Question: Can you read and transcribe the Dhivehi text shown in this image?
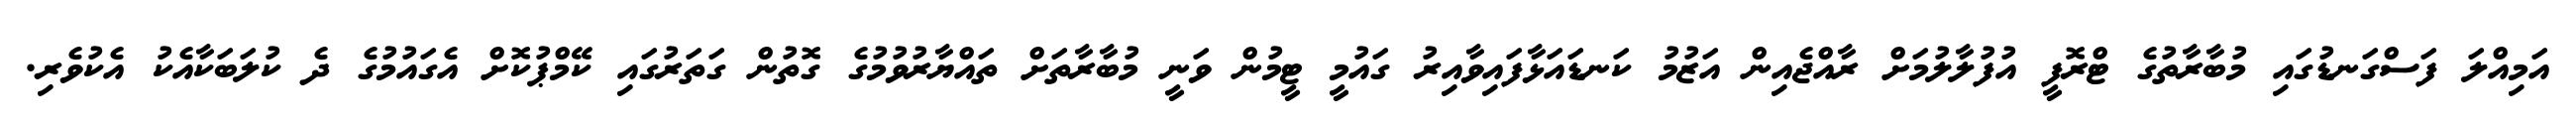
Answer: އަމިއްލަ ފަސްގަނޑުގައި މުބާރާތުގެ ޓްރޮފީ އުފުލާލުމަށް ރާއްޖެއިން އަޒުމު ކަނޑައަޅާފައިވާއިރު ގައުމީ ޓީމުން ވަނީ މުބާރާތަށް ތައްޔާރުވުމުގެ ގޮތުން ގަތަރުގައި ކޭމްޕުކޮށް އެގައުމުގެ ދެ ކުލަބަކާއެކު އެކުވެރި.